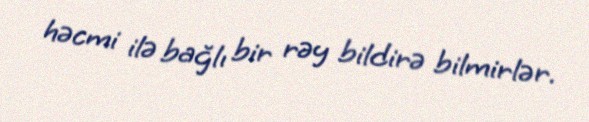
həcmi ilə bağlı bir rəy bildirə bilmirlər.